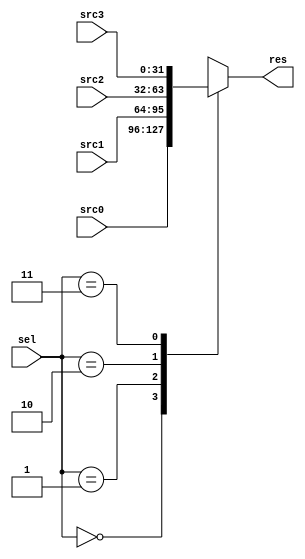
`timescale 1ns / 1ps

module MUX2 (
    input [31:0] src0,
    input [31:0] src1,
    input [31:0] src2,
    input [31:0] src3,
    input [1:0] sel,
    output reg [31:0] res
);
    always @(*) begin
        case (sel)
            0: res = src0;
            1: res = src1;
            2: res = src2;
            3: res = src3;
            default: res = 0;
        endcase
    end
endmodule